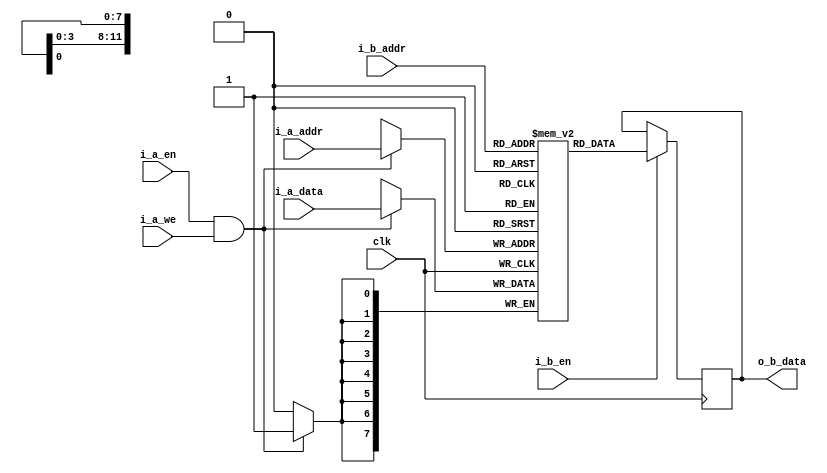
// ./list_rtl.f

module simple_dual_one_clock
#(
  parameter DATA_WIDTH = 8,
  parameter ADDR_WIDTH = 12

)
(
  input                       clk     ,
  input                       i_a_en  ,
  input                       i_b_en  ,
  input                       i_a_we  ,
  input      [ADDR_WIDTH-1:0] i_a_addr,
  input      [ADDR_WIDTH-1:0] i_b_addr,
  input      [DATA_WIDTH-1:0] i_a_data,
  output reg [DATA_WIDTH-1:0] o_b_data
);
  reg [DATA_WIDTH-1:0] ram [(1<<ADDR_WIDTH)-1:0];
  always @(posedge clk) begin
    if (i_a_en & i_a_we)
      ram[i_a_addr] <= i_a_data;
  end

  always @(posedge clk) begin
    if (i_b_en)
      o_b_data <= ram[i_b_addr];
  end
endmodule